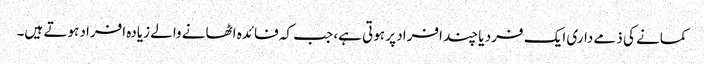
کمانے کی ذمے داری ایک فرد یا چند افراد پر ہوتی ہے، جب کہ فائدہ اٹھانے والے زیادہ افراد ہوتے ہیں۔